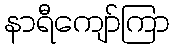
နာရီကျော်ကြာ